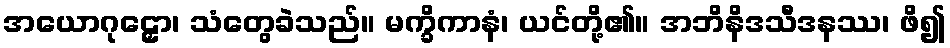
အယောဂုဠှော၊ သံတွေခဲသည်။ မက္ခိကာနံ၊ ယင်တို့၏။ အဘိနိဒသီဒနဿ၊ ဖိ၍